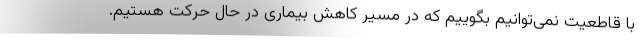
با قاطعیت نمی‌توانیم بگوییم که در مسیر کاهش بیماری در حال حرکت هستیم.